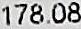
178.08